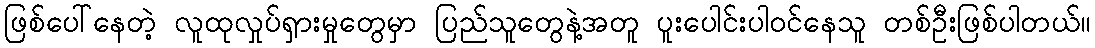
ဖြစ်ပေါ်နေတဲ့ လူထုလှုပ်ရှားမှုတွေမှာ ပြည်သူတွေနဲ့အတူ ပူးပေါင်းပါဝင်နေသူ တစ်ဦးဖြစ်ပါတယ်။